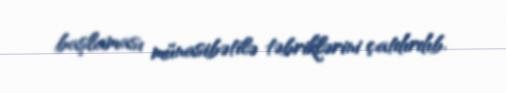
başlaması münasibətilə təbriklərini çatdırdıb.